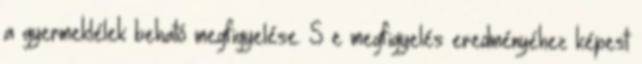
a gyermeklélek beható megfigyelése. S e megfigyelés eredményéhez képest